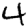
Digit: 4